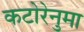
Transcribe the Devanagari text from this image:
कटोरेनुमा